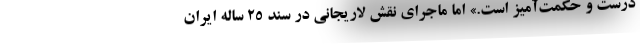
درست و حکمت‌آمیز است.» اما ماجرای نقش لاریجانی در سند ۲۵ ساله ایران